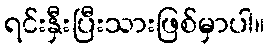
ရင်းနှီးပြီးသားဖြစ်မှာပါ။